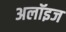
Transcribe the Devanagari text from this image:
अलॉइज